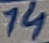
Text: 14